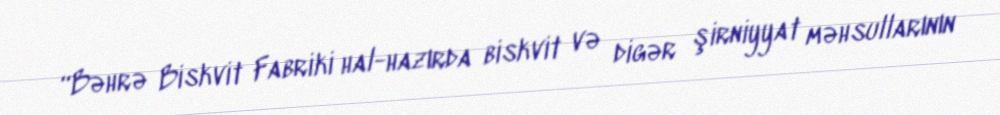
“Bəhrə Biskvit Fabriki hal-hazırda biskvit və digər şirniyyat məhsullarının